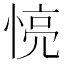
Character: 𢝋